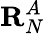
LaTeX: \mathbf{R}_{N}^{A}